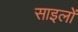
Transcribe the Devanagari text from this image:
साइलों